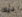
ديك